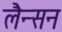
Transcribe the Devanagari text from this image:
लैन्सन